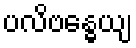
ပလိဗန္ဓေယျ